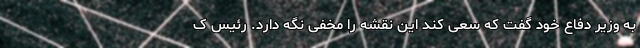
به وزیر دفاع خود گفت که سعی کند این نقشه را مخفی نگه دارد. رئیس ک